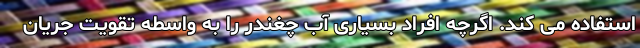
استفاده می کند. اگرچه افراد بسیاری آب چغندر را به واسطه تقویت جریان